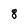
Character: 8